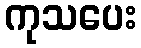
ကုသပေး